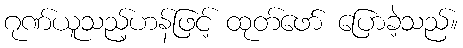
ဂုဏ်ယူသည့်ဟန်ဖြင့် ထုတ်ဖော် ပြောခဲ့သည်။